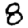
Digit: 8